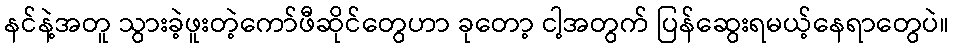
နင်နဲ့အတူ သွားခဲ့ဖူးတဲ့ကော်ဖီဆိုင်တွေဟာ ခုတော့ ငါ့အတွက် ပြန်ဆွေးရမယ့်နေရာတွေပဲ။